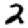
Digit: 2